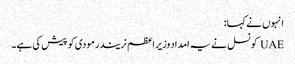
انہوں نے کہا:
UAE کونسل نے یہ امداد وزیر اعظم نریندر مودی کو پیش کی ہے۔